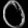
Digit: ၀